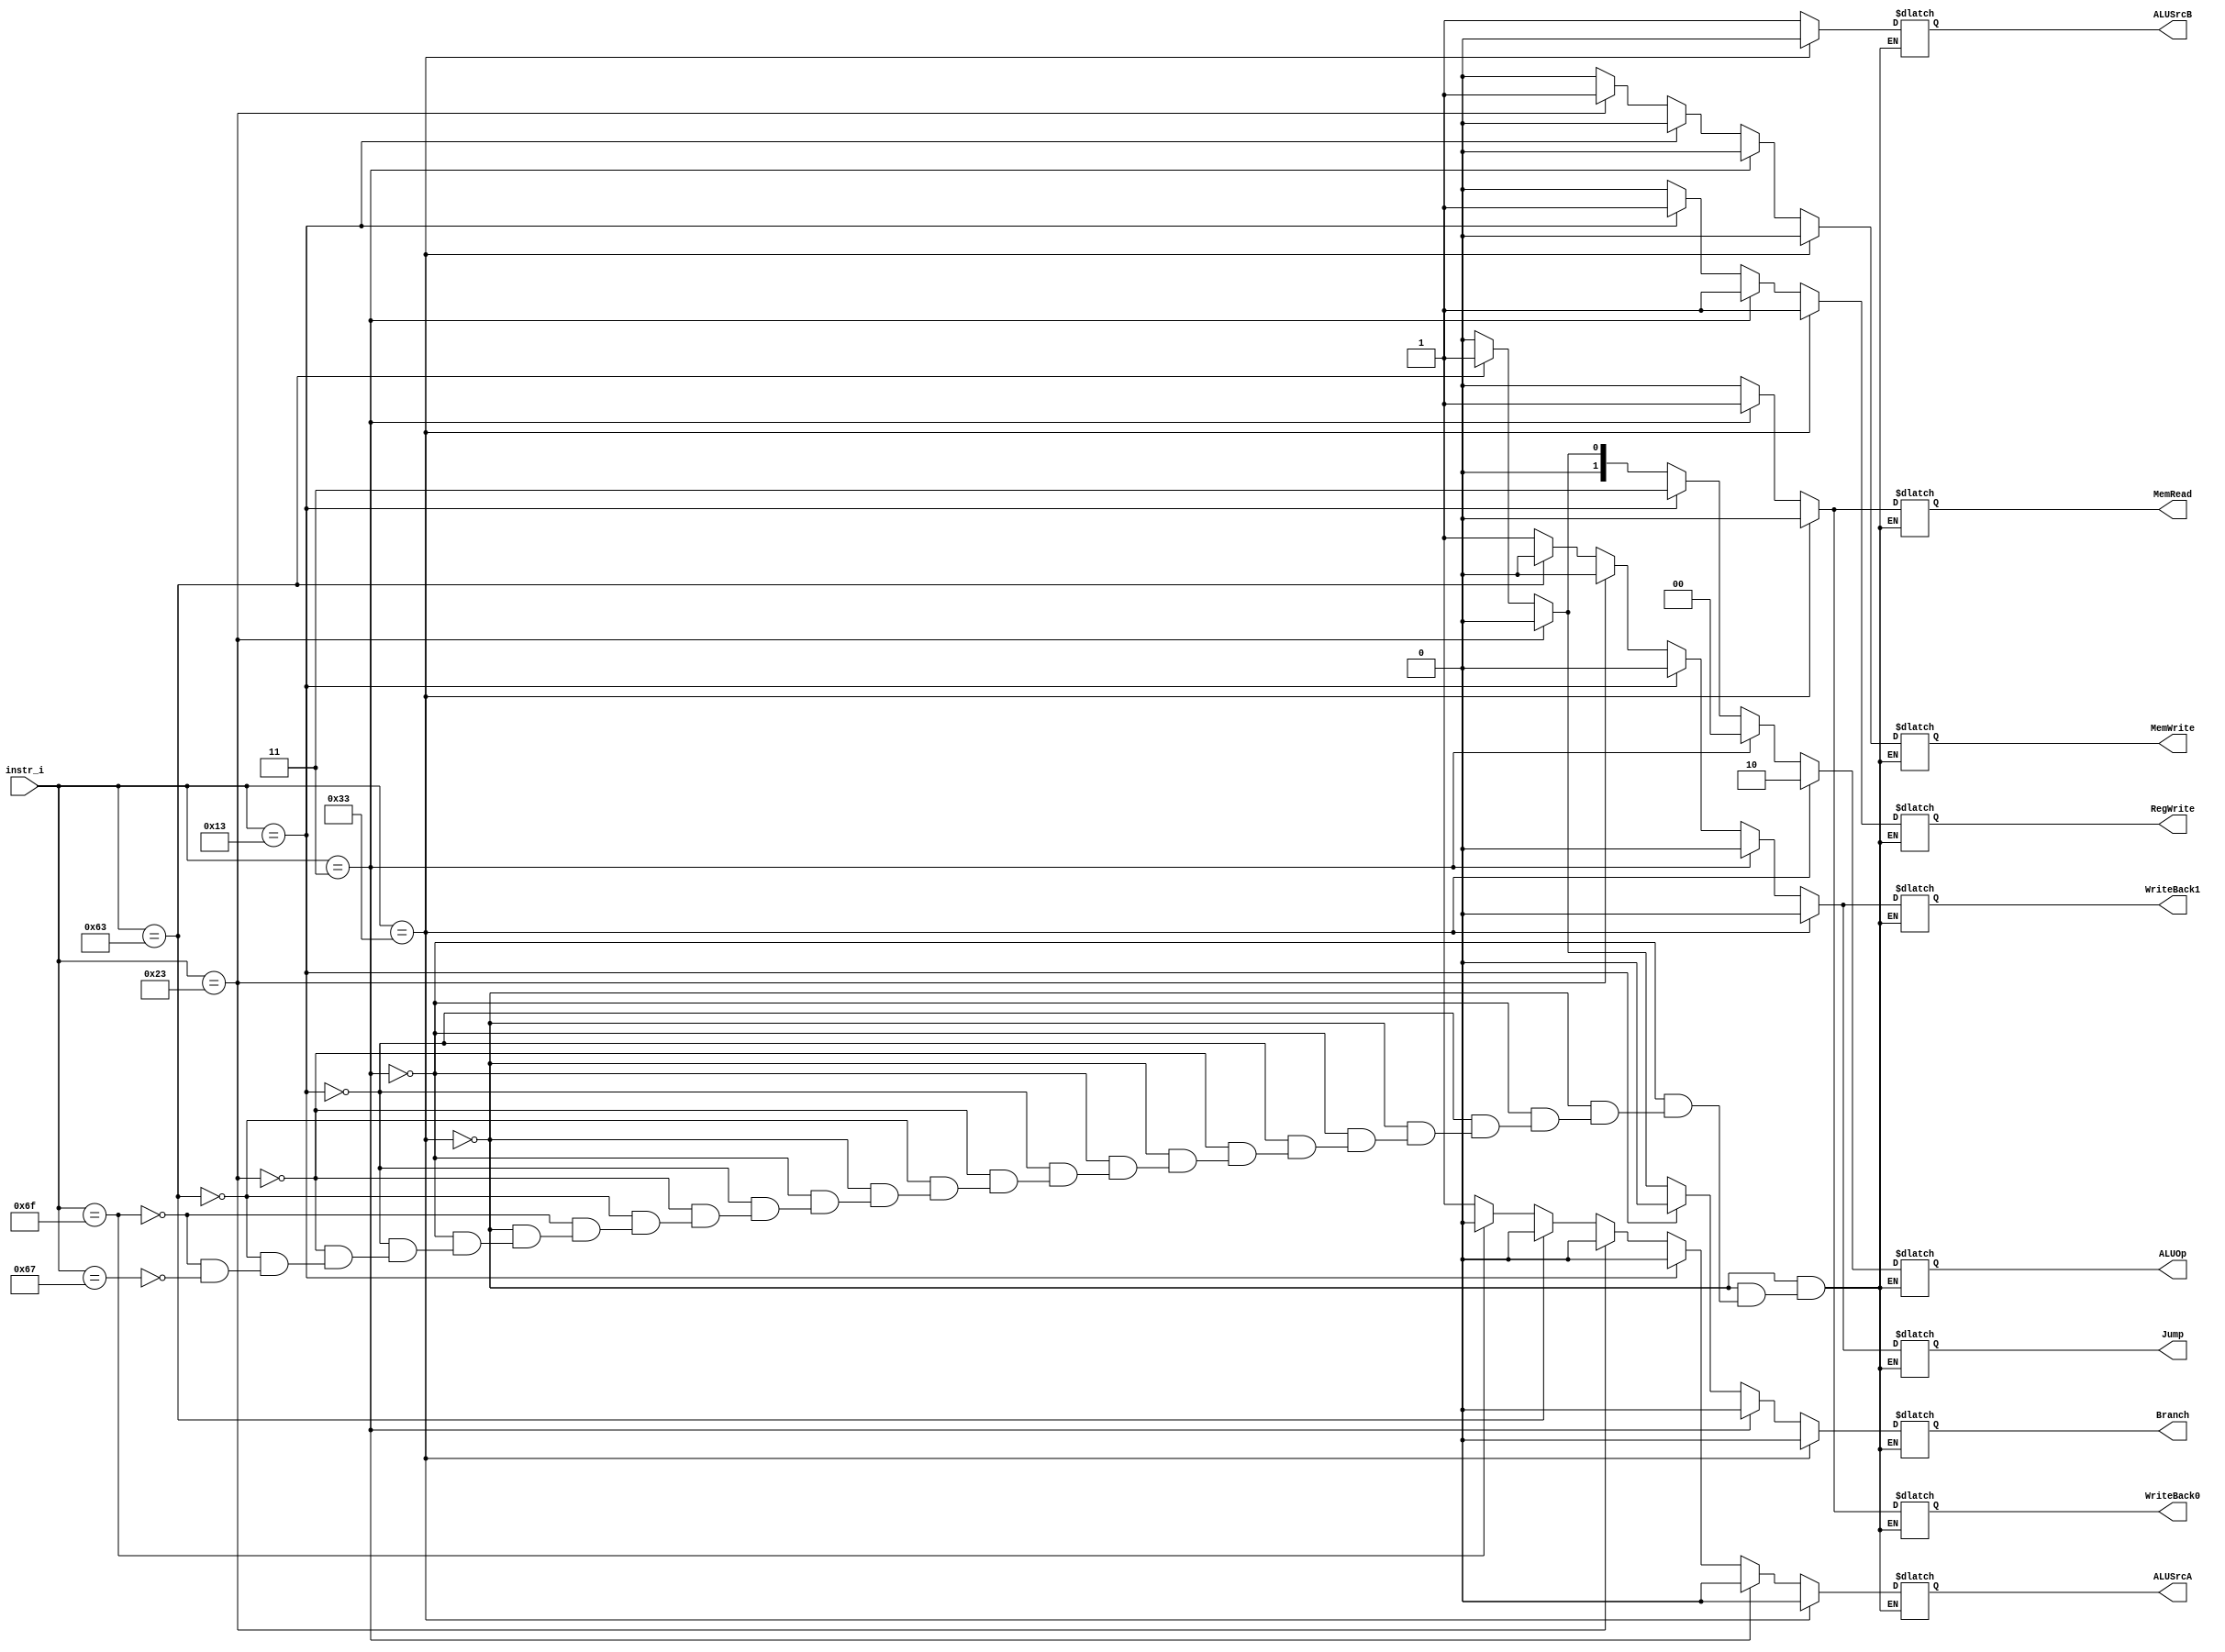
/***************************************************
Student Name:Shawn
Student ID:0816095
***************************************************/

   `timescale 1ns/1ps

   module Decoder(
       input   [7-1:0]     instr_i,
       output              RegWrite,
       output              Branch,
       output              Jump,
       output              WriteBack1,
       output              WriteBack0,
       output              MemRead,
       output              MemWrite,
       output              ALUSrcA,
       output              ALUSrcB,
       output  [2-1:0]     ALUOp
   );

   /* Write your code HERE */
wire	[7-1:0]		opcode;
reg ALUSrcA_o;
reg ALUSrcB_o;
reg RegWrite_o;
reg Branch_o;
reg Jump_o;
reg WriteBack1_o;
reg WriteBack0_o;
reg MemRead_o;
reg MemWrite_o;
reg [1:0] ALUOp_o;

assign opcode = instr_i[6:0];
assign ALUSrcA = ALUSrcA_o;
assign ALUSrcB = ALUSrcB_o;
assign RegWrite = RegWrite_o;
assign Branch = Branch_o;
assign Jump = Jump_o;
assign WriteBack1 = WriteBack1_o;
assign WriteBack0 = WriteBack0_o;
assign MemRead = MemRead_o;
assign MemWrite = MemWrite_o;
assign ALUOp = ALUOp_o;

always@(*) begin
	if(opcode == 7'b0110011) begin // R type
		ALUSrcA_o = 0;
        ALUSrcB_o = 0;
		RegWrite_o = 1;
		Branch_o = 0;
        Jump_o = 0;
        WriteBack1_o = 0;
        WriteBack0_o = 0;
        MemRead_o = 0;
        MemWrite_o = 0;
		ALUOp_o = 2'b10;
	end
	else if(opcode == 7'b0000011) begin //LW
		ALUSrcA_o = 0;
        ALUSrcB_o = 1;
		RegWrite_o = 1;
		Branch_o = 0;
        Jump_o = 0;
        WriteBack1_o = 0;
        WriteBack0_o = 1;
        MemRead_o = 1;
        MemWrite_o = 0;
		ALUOp_o = 2'b00;
	end
    else if(opcode == 7'b0010011) begin //addi
		ALUSrcA_o = 0;
        ALUSrcB_o = 1;
		RegWrite_o = 1;
		Branch_o = 0;
        Jump_o = 0;
        WriteBack1_o = 0;
        WriteBack0_o = 0;
        MemRead_o = 0;
        MemWrite_o = 0;
		ALUOp_o = 2'b11;
    end
	else if(opcode == 7'b0100011) begin //SW
		ALUSrcA_o = 0;
        ALUSrcB_o = 1;
		RegWrite_o = 0;
		Branch_o = 0;
        Jump_o = 0;
        WriteBack1_o = 0;
        WriteBack0_o = 0;
        MemRead_o = 0;
        MemWrite_o = 1;
		ALUOp_o = 2'b00;
	end
	else if(opcode == 7'b1100011) begin //beq
		ALUSrcA_o = 0;
        ALUSrcB_o = 1;
		RegWrite_o = 0;
		Branch_o = 1;
        Jump_o = 0;
        WriteBack1_o = 0;
        WriteBack0_o = 0;
        MemRead_o = 0;
        MemWrite_o = 0;
		ALUOp_o = 2'b01;
	end
    else if(opcode == 7'b1101111) begin //jal
        ALUSrcA_o = 0;
        ALUSrcB_o = 1;
        RegWrite_o = 0;
        Branch_o = 0;
        Jump_o = 1;
        WriteBack1_o = 1;
        WriteBack0_o = 0;
        MemRead_o = 0;//don't care
        MemWrite_o = 0;//don't care
        ALUOp_o = 2'b00; //don't care
    end
    else if(opcode == 7'b1100111) begin //jalr
        ALUSrcA_o = 1;
        ALUSrcB_o = 1;
        RegWrite_o = 0;
        Branch_o = 0;
        Jump_o = 1;
        WriteBack1_o = 1;
        WriteBack0_o = 0;
        MemRead_o = 0;//don't care
        MemWrite_o = 0;//don't care
        ALUOp_o = 2'b00;//don't care
    end
end
endmodule